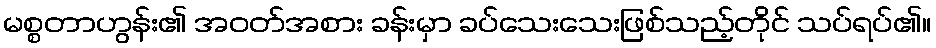
မစ္စတာဟွန်း၏ အဝတ်အစား ခန်းမှာ ခပ်သေးသေးဖြစ်သည့်တိုင် သပ်ရပ်၏။